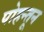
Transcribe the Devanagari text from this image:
पोहन्तून